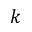
\boldsymbol { k }